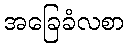
အခြေခံလစာ